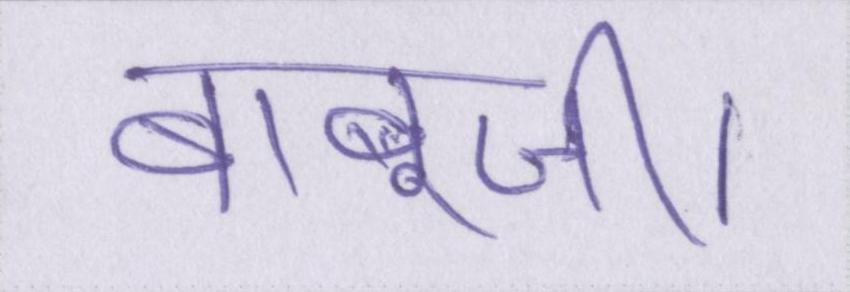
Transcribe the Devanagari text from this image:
बाबूजी।